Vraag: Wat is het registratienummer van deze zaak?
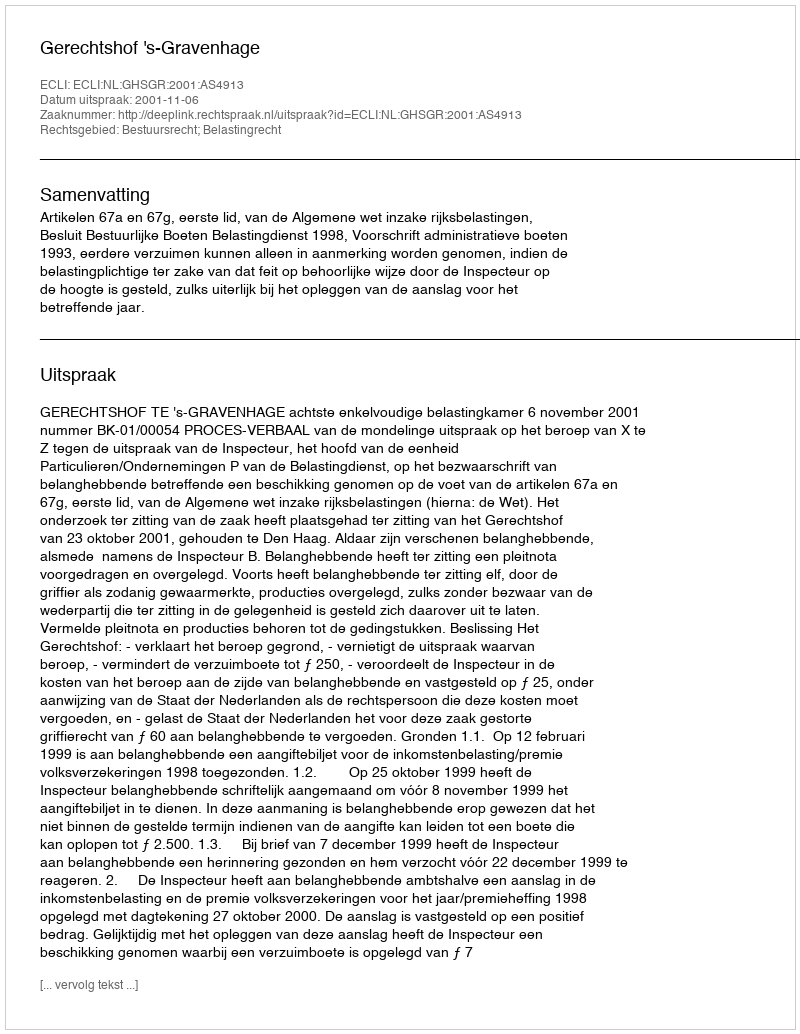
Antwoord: http://deeplink.rechtspraak.nl/uitspraak?id=ECLI:NL:GHSGR:2001:AS4913